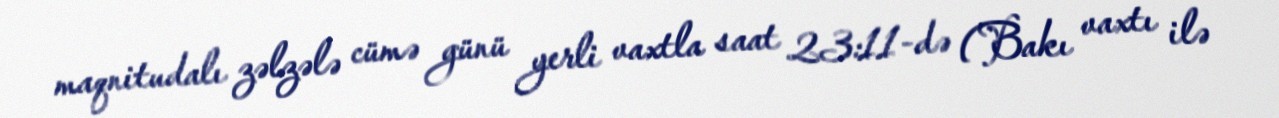
maqnitudalı zəlzələ cümə günü yerli vaxtla saat 23:11-də (Bakı vaxtı ilə